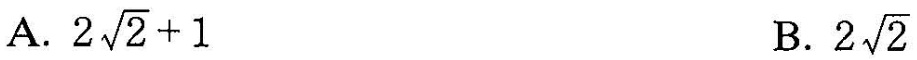
A. $$2 \sqrt{2}+1$$ B. 2 \sqrt{2}